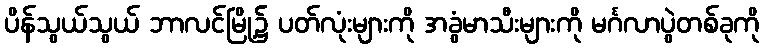
ပိန်သွယ်သွယ် ဘာလင်မြို့၌ ပတ်လုံးများကို အခွံမာသီးများကို မင်္ဂလာပွဲတစ်ခုကို